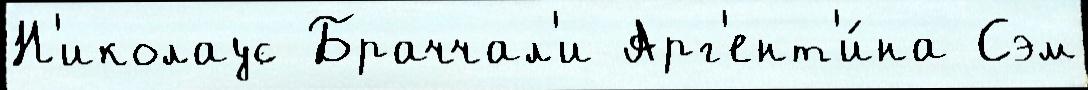
Н'иколаус Браччал'и Арг'ент'и́на Сэм